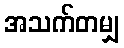
အသက်တမျှ